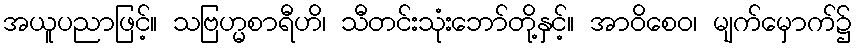
အယူပညာဖြင့်။ သဗြဟ္မစာရီဟိ၊ သီတင်းသုံးဘော်တို့နှင့်။ အာဝိစေဝ၊ မျက်မှောက်၌